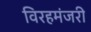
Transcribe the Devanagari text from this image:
विरहमंजरी